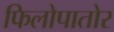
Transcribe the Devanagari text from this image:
फिलोपातोर